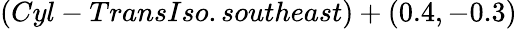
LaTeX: (Cyl-TransIso.southeast)+(0.4,-0.3)